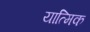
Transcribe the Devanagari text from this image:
यात्मिक